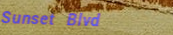
Sunset Blvd